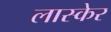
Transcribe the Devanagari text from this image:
लास्केर